Leaving Certificate Examination (including Day School Certificate (Higher) General paper), 1929
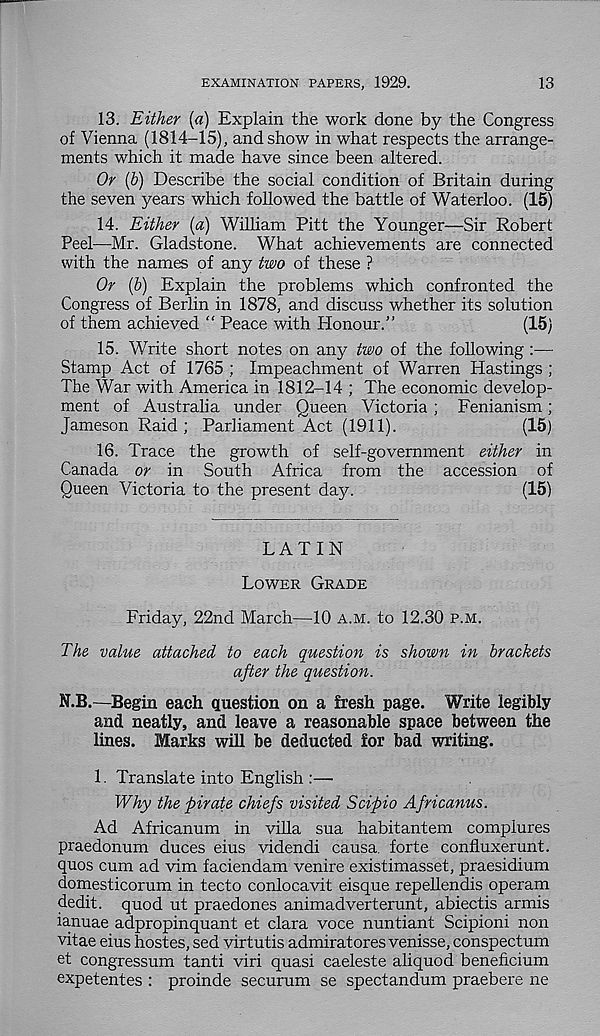
EXAMINATION PAPERS, 1929.
13
13. Either (a) Explain the work done by the Congress
of Vienna (1814-15), and show in what respects the arrange-
ments which it made have since been altered.
Or (b) Describe the social condition of Britain during
the seven years which followed the battle of Waterloo. (15)
14. Either (a) Wilham Pitt the Younger—Sir Robert
Peel—Mr. Gladstone. What achievements are connected
with the names of any two of these ?
Or (b) Explain the problems winch confronted the
Congress of Berlin in 1878, and discuss whether its solution
of them achieved “ Peace with Honour.”
(15)
15. Write short notes on any two of the following
Stamp Act of 1765 ; Impeachment of Warren Hastings ;
The War with America in 1812-14 ; The economic develop-
ment of Australia under Queen Victoria ; Fenianism;
Jameson Raid; Parliament Act (1911).
(15)
16. Trace the growth of self-government either in
Canada or in South Africa from the accession of
Queen Victoria to the present day.
(15)
LATIN
LOWER GRADE
Friday, 22nd March—10 A.M. to 12.30 P.M.
The value attached to each question is shown in brackets
after the question.
N.B.—Begin each question on a fresh page. Write legibly
and neatly, and leave a reasonable space between the
lines. Marks will be deducted for bad writing.
1. Translate into English :—
Why the pirate chiefs visited Scipio Africanus.
Ad Africanum in villa sua habitantem complures
praedonum duces eius videndi causa, forte confluxerunt.
quos cum ad vim faciendam venire existimasset, praesidium
domesticorum in tecto conlocavit eisque repellendis operam
dedit. quod ut praedones animadverterunt, abiectis armis
ianuae adpropinquant et clara voce nuntiant Scipioni non
vitae eius hostes, sed virtutis admiratores venisse, conspectum
et congressum tanti viri quasi caeleste aliquod beneficium
expetentes : proinde securum se spectandum praebere ne